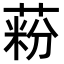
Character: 𦶚